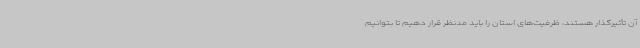
آن تأثیرگذار هستند، ظرفیت‌های استان را باید مدنظر قرار دهیم تا بتوانیم